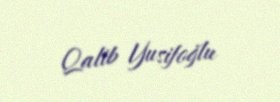
Qalib Yusifoğlu